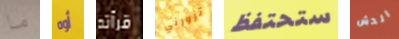
ما أوه قرأته تزورني ستحتفظ الدش